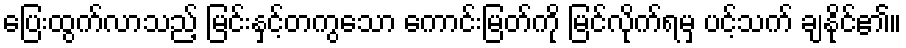
ပြေးထွက်လာသည့် မြင်းနှင့်တကွသော ကောင်းမြတ်ကို မြင်လိုက်ရမှ ပင့်သက် ချနိုင်၏။